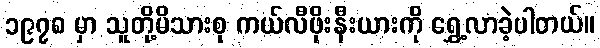
၁၉၇၈ မှာ သူတို့မိသားစု ကယ်လီဖိုးနီးယားကို ရွှေ့လာခဲ့ပါတယ်။